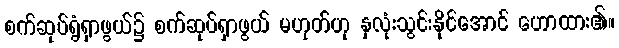
စက်ဆုပ်ရွံရှာဖွယ်၌ စက်ဆုပ်ရှာဖွယ် မဟုတ်ဟု နှလုံးသွင်းနိုင်အောင် ဟောထား၏။